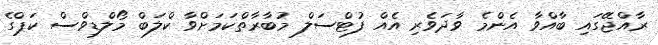
ރާއްޖޭގައި ބާއްވާ އެންމެ ވާދަވެރި އެއް ފުޓްސަލް މުބާރާތްކަމަށްވާ ކްލަބް މޯލްޑިވްސް ކަޕްގެ